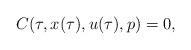
LaTeX: \begin{align*}C(\tau,x(\tau),u(\tau),p) = 0,\end{align*}